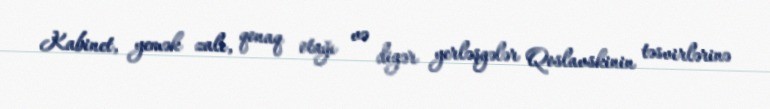
Kabinet, yemək zalı, qonaq otağı və digər yerləşgələr Qoslavskinin təsvirlərinə